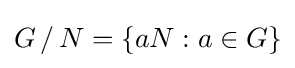
G\,/\,N=\left\{aN:a\in G\right\}